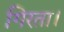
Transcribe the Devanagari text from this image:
गिरता।